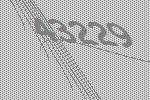
43229